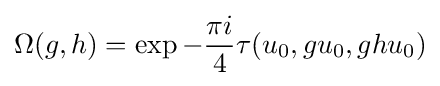
\Omega (g,h)=\exp -{\pi i \over 4}\tau (u_{0},gu_{0},ghu_{0})